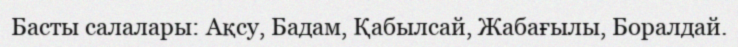
Басты салалары: Ақсу, Бадам, Қабылсай, Жабағылы, Боралдай.